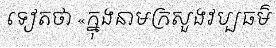
ទៀតថា «ក្នុងនាមក្រសួងវប្បធម៌